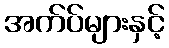
အက်ပ်များနှင့်